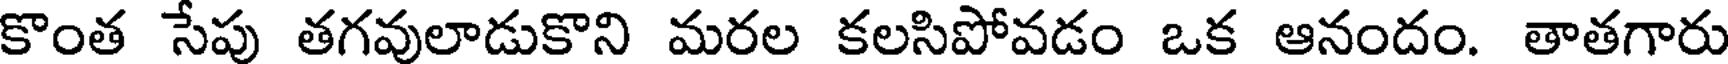
కొంత సేపు తగవులాడుకొని మరల కలసిపోవడం ఒక ఆనందం. తాతగారు